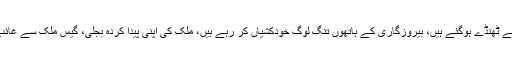
عوام کے چولہے ٹھنڈے ہوگئے ہیں، بیروزگاری کے ہاتھوں تنگ لوگ خودکشیاں کر رہے ہیں، ملک کی اپنی پیدا کردہ بجلی، گیس ملک سے غائب ہو چکی ہے۔